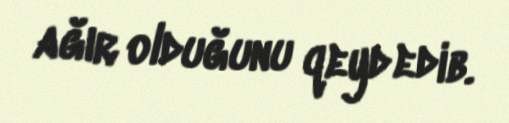
ağır olduğunu qeyd edib.